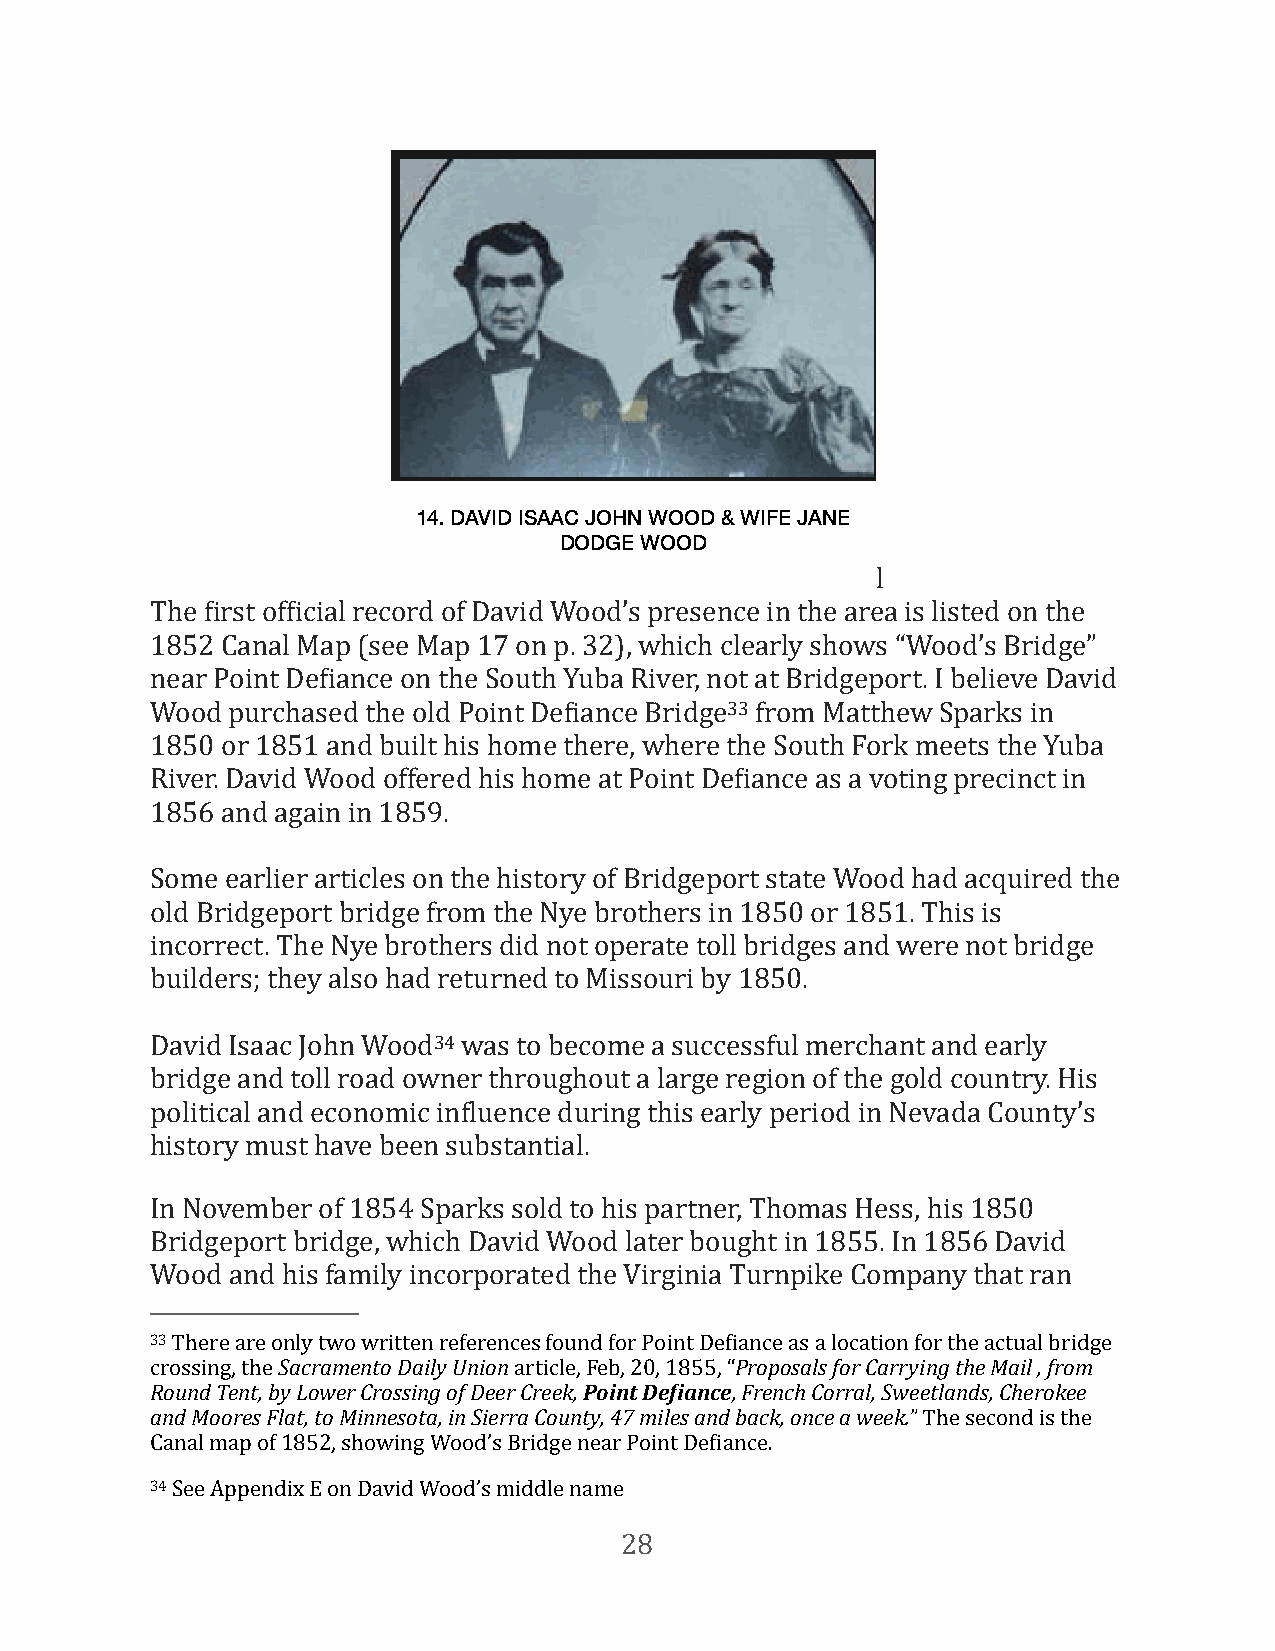
14. DAVID ISAAC JOHN WOOD & WIFE JANE
 DODGE WOOD
 l
 The First ofFicial record of David Wood’s presence in the area is listed on the
 1852 Canal Map (see Map 17 on p. 32), which clearly shows “Wood’s Bridge”
 near Point DeFiance on the South Yuba River, not at Bridgeport. I believe David
 Wood purchased the old Point DeFiance Bridge33 from Matthew Sparks in
 1850 or 1851 and built his home there, where the South Fork meets the Yuba
 River. David Wood offered his home at Point DeFiance as a voting precinct in
 1856 and again in 1859.
 Some earlier articles on the history of Bridgeport state Wood had acquired the
 old Bridgeport bridge from the Nye brothers in 1850 or 1851. This is
 incorrect. The Nye brothers did not operate toll bridges and were not bridge
 builders; they also had returned to Missouri by 1850.
 David Isaac John Wood34 was to become a successful merchant and early
 bridge and toll road owner throughout a large region of the gold country. His
 political and economic inFluence during this early period in Nevada County’s
 history must have been substantial.
 In November of 1854 Sparks sold to his partner, Thomas Hess, his 1850
 Bridgeport bridge, which David Wood later bought in 1855. In 1856 David
 Wood and his family incorporated the Virginia Turnpike Company that ran
 33 There are only two written references found for Point DeFiance as a location for the actual bridge
 crossing, the Sacramento Daily Union article, Feb, 20, 1855, “Proposals for Carrying the Mail , from
 Round Tent, by Lower Crossing of Deer Creek, Point De)iance, French Corral, Sweetlands, Cherokee
 and Moores Flat, to Minnesota, in Sierra County, 47 miles and back, once a week.” The second is the
 Canal map of 1852, showing Wood’s Bridge near Point DeFiance.
 34 See Appendix E on David Wood’s middle name
 28